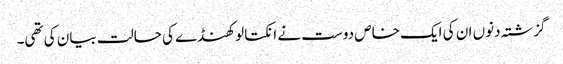
گزشتہ دنوں ان کی ایک خاص دوست نے انکتا لوکھنڈے کی حالت بیان کی تھی۔